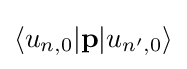
\langle u_{n,0}|\mathbf {p} |u_{n',0}\rangle